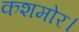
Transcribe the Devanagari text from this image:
कशमोर।